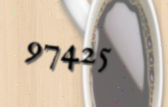
97425